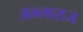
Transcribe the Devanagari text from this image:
अम्लाराज